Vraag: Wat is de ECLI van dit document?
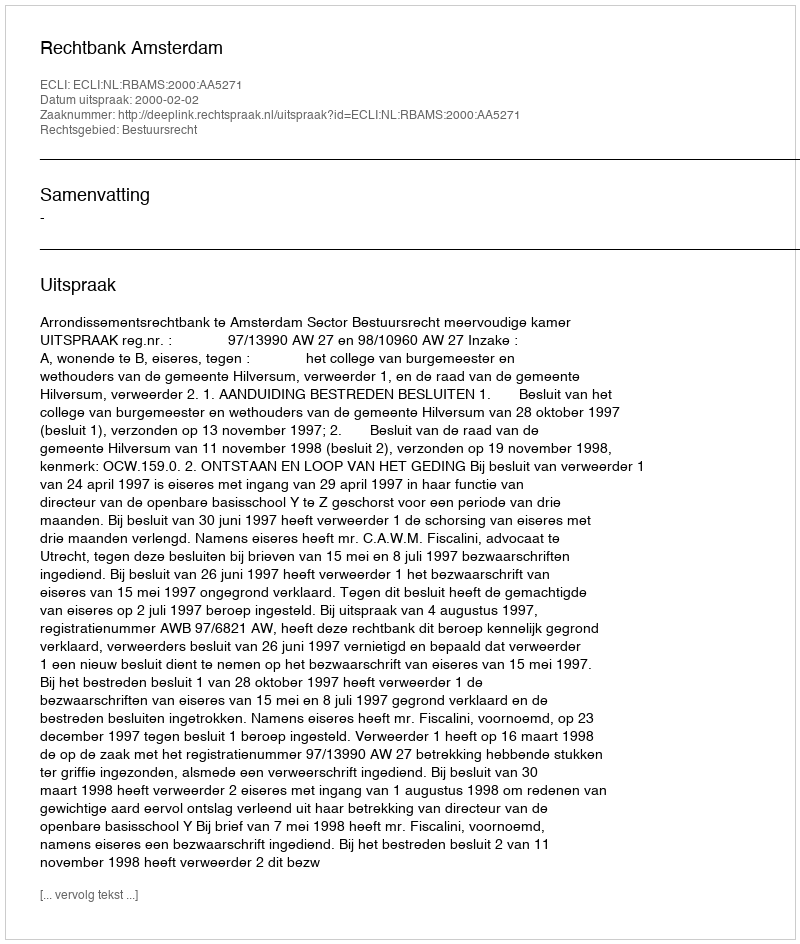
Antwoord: ECLI:NL:RBAMS:2000:AA5271